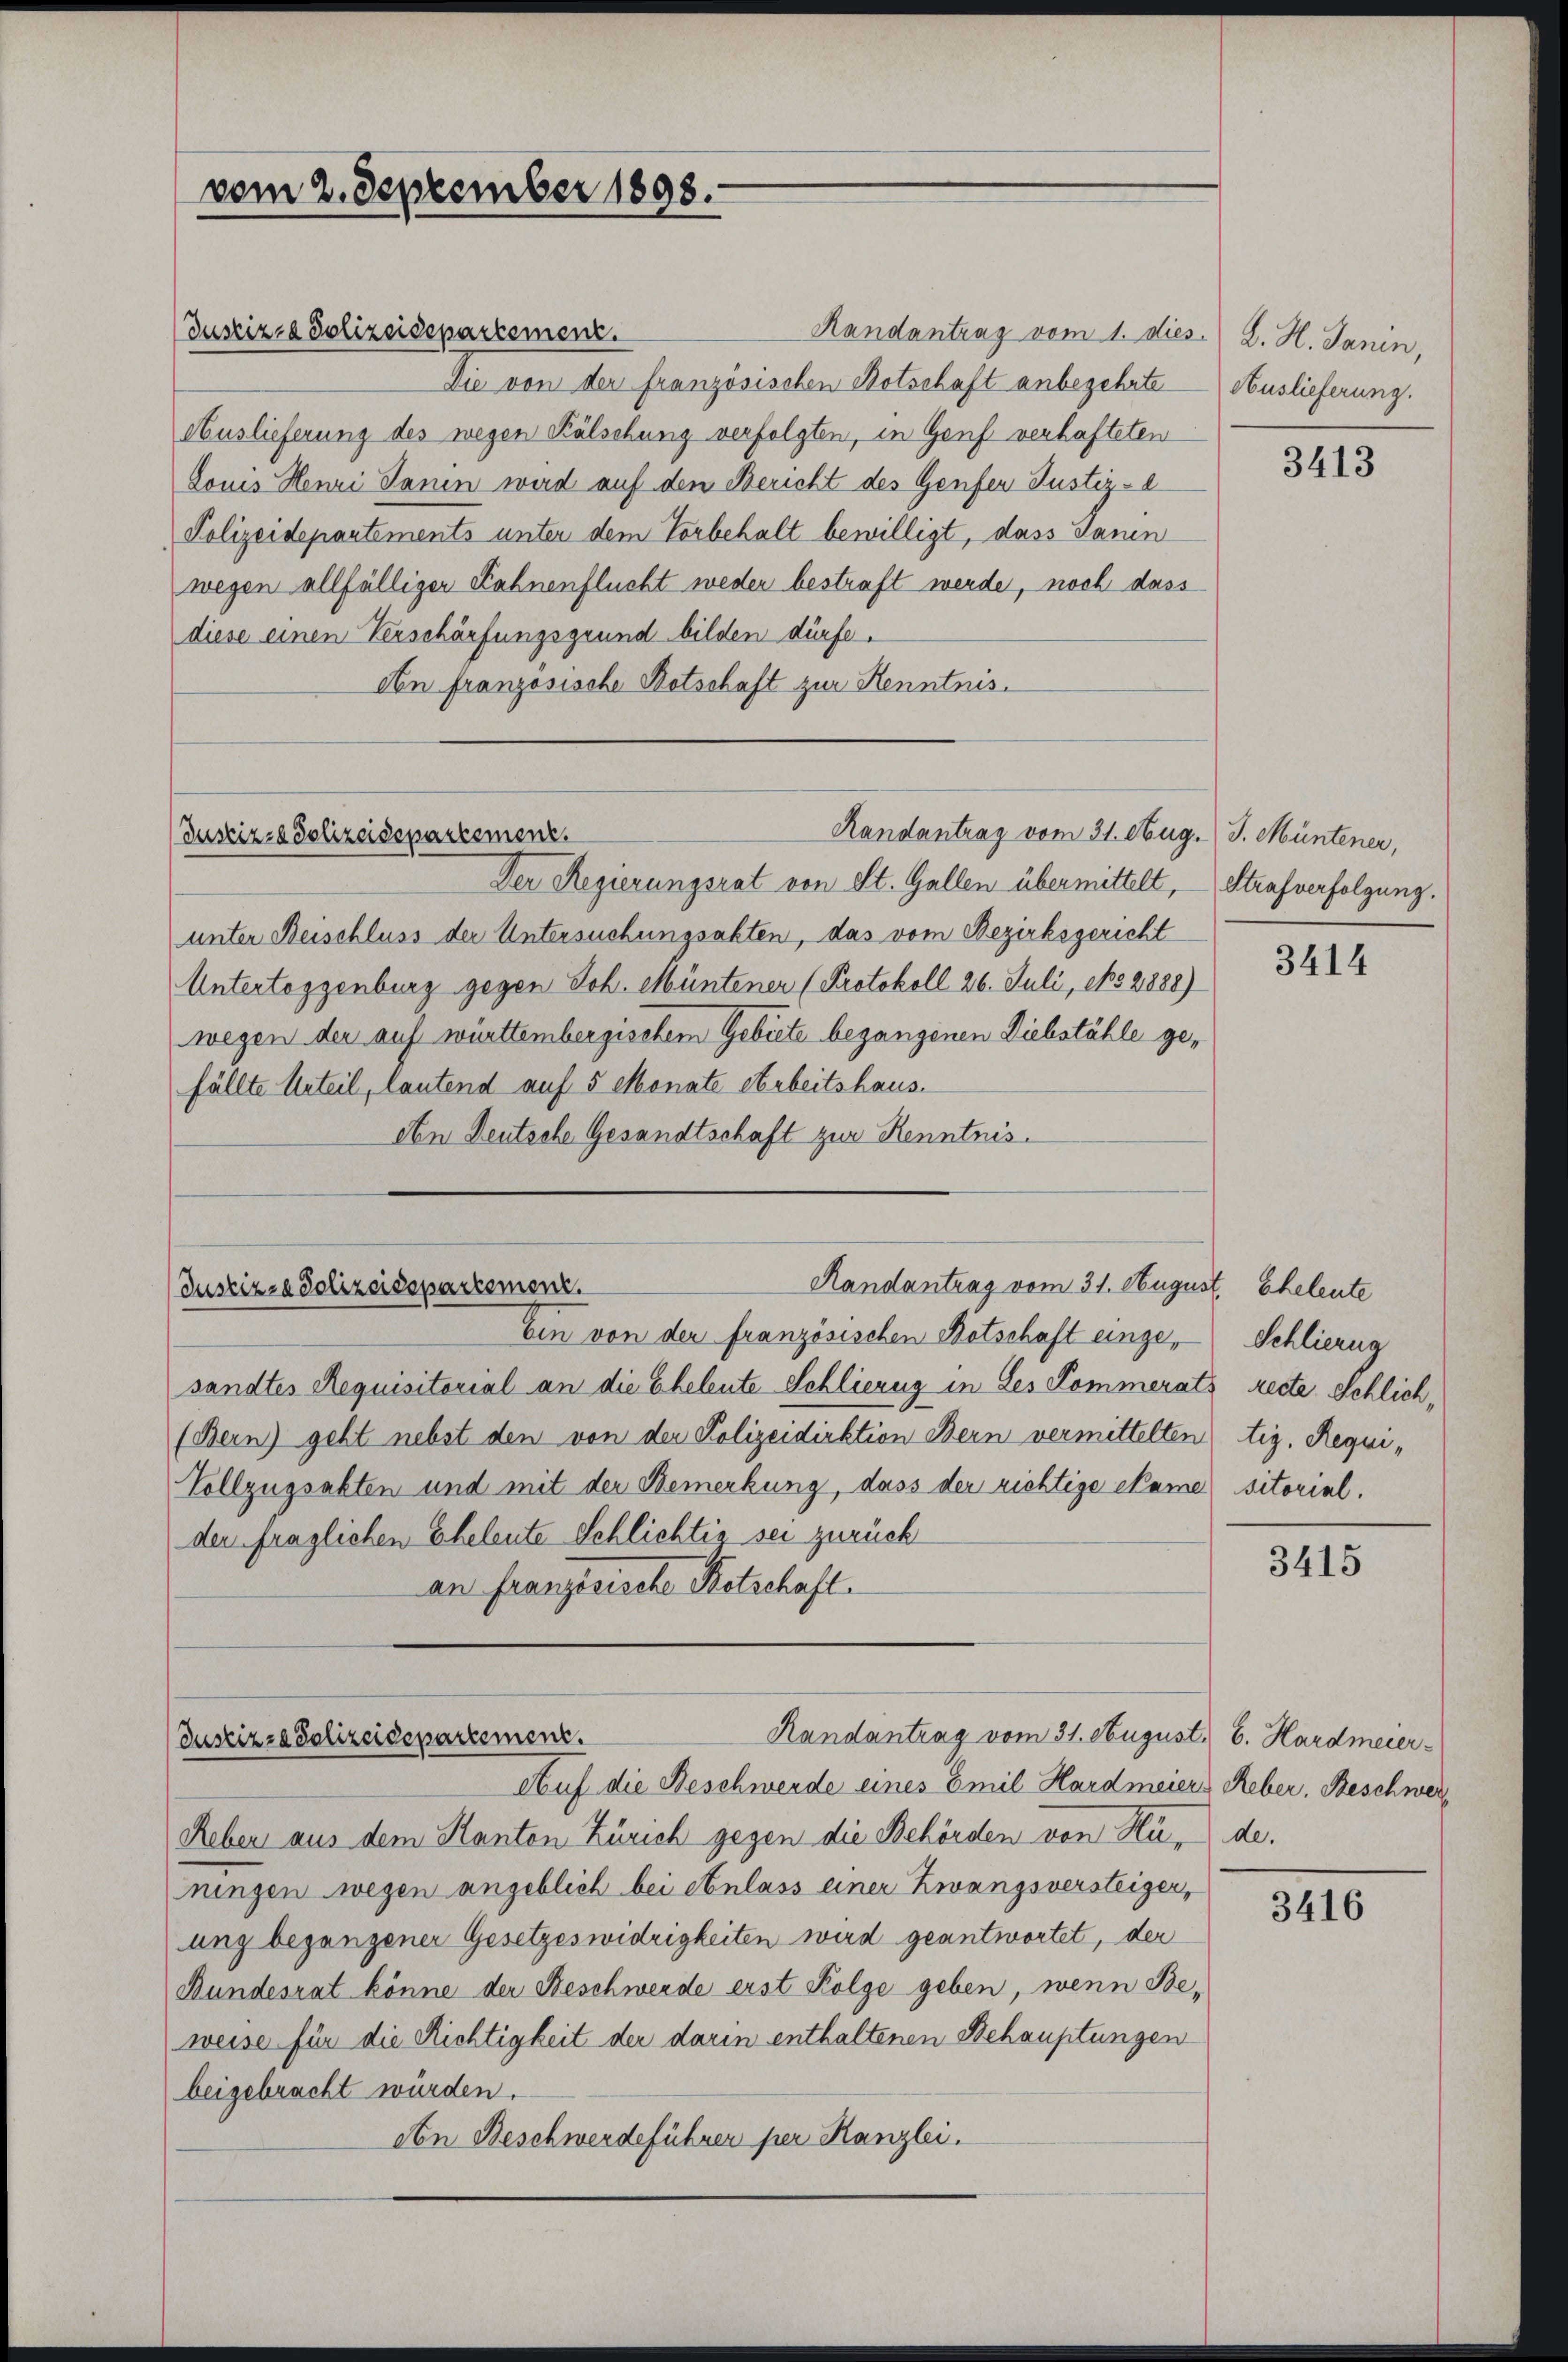
vom 2. September 1898.

Justiz- & Polizeidepartement.
Randantrag vom 1. dies. Z. H. Janin,
Die von der französischen Botschaft anbegehrte
Auslieferung des wegen Kälschung verfolgten, in Genf verhafteten
Lones Henri Sanen wird auf den Bericht des Genfer Justiz-
Polizeidepartements unter dem Vorbehalt bewilligt, dass Sanen
wegen allfälliger Kahnenflucht weder bestraft werde, noch dass
diese einen Verschärfungsgrund bilden dürfe.
An französische Botschaft zur Kenntnis.
Randantrag vom 31. Aug. J. Müntener,
Justiz- & Polizeidepartement.
Der Regierungsrat von St. Gallen übermittelt,
unter Beischluss der Untersuchungsakten, das vom Bezirksgericht
Untertoggenburg gegen Joh. Müntener (Protokoll 26. Juli, No 2888)
wegen der auf württembergischem Gebiete begangenen Diebstähle gefällte Urteil, lautend auf 5 Monate Arbeitshaus.
den Deutsche Gesandtschaft zur Kenntnis.

Randantrag vom 31. August. Eheleute
Juskizze Polizeisepartement.

Randantrag vom 31. August. 6. Hardmeier¬
Justizza Polizeidepartement.

Auf die Beschwerde eines Emil Hardmeiers Reber. Beschwer¬
Reber aus dem Kanton Zürich gegen die Behörden von Hunde.
ningen wegen angeblich bei Anlass einer Zwangsversteiger,
ung begangener Gesetzeswidrigkeiten wird geantwortet, der
Bundesrat könne der Beschwerde erst Folge geben, wenn Be-
weise für die Richtigkeit der darin enthaltenen Behauptungen
beigebracht würden.
An Beschwerdeführen per Kanzlei.

Auslieferung.

bin von der französischen Botschaft eingesandtes Requisitorial an die Eheleute Schliezug in des Kommerats recte Schlich¬
(Bern) geht nebst den von der Polizeidiektion Bern vermittelten
Vollzugsabten und mit der Bemerkung, dass der richtige Name
der fraglichen Eheleute Schlichtig sei zurück
an Französische Retschaft.

3413

Strafverfolgung.

3414

Schlierung
tig, Requisitorial.

3415

3416